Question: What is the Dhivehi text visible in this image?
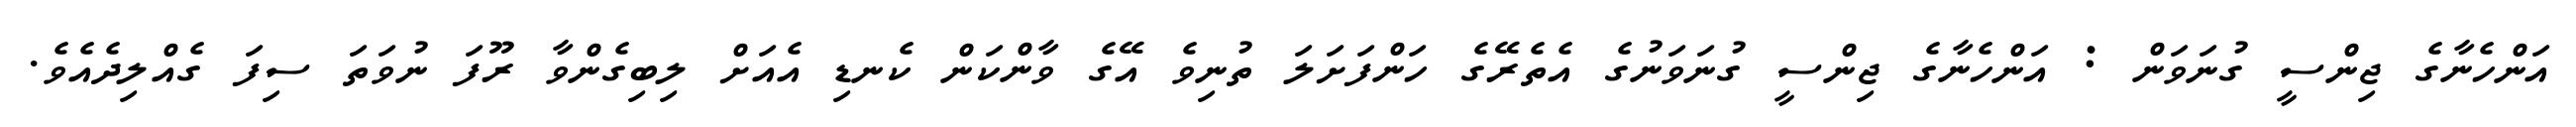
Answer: އަންހެނާގެ ޖިންސީ ގުނަވަން : އަންހެނާގެ ޖިންސީ ގުނަވަނުގެ އެތެރޭގެ ހަންފަށަލަ ތުނިވެ އޭގެ ވާންކަން ކެނޑި އެއަށް ލިބިގެންވާ ރޫފަ ނުވަތަ ސިފަ ގެއްލިދެއެވެ.